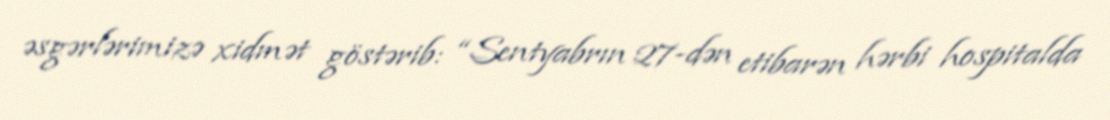
əsgərlərimizə xidmət göstərib: “Sentyabrın 27-dən etibarən hərbi hospitalda